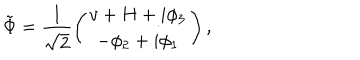
LaTeX: \tilde { \Phi } = \frac { 1 } { \sqrt { 2 } } \left( \begin{array} { c } { { v + H + i \phi _ { 3 } } } \\ { { - \phi _ { 2 } + i \phi _ { 1 } } } \\ \end{array} \right) ,